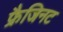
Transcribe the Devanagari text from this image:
फ्रैजिनट